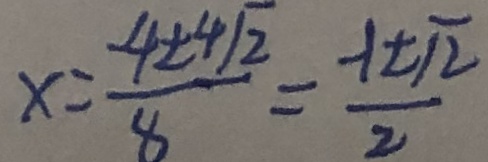
x = \frac { - 4 \pm 4 \sqrt { 2 } } { 8 } = \frac { - 1 \pm \sqrt { 2 } } { 2 }